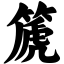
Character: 篪